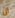
ان